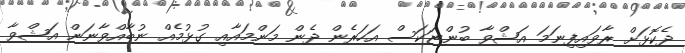
ދެކޮޅަށް ރާވައިފިނަމަ އަޝްވާ ބުންޏަކަސް އަހަރެން ދެން މަންމައާއި ގުޅުމެއް ނުބާއްވާނަން އަޝްވާ